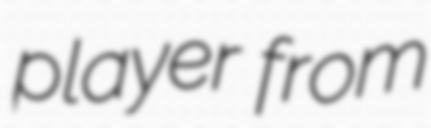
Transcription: player from